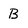
Character: B